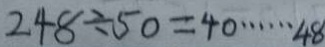
2 4 8 \div 5 0 = 4 0 \cdots 4 8